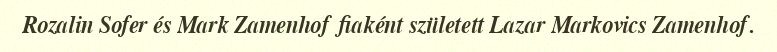
Rozalin Sofer és Mark Zamenhof fiaként született Lazar Markovics Zamenhof.